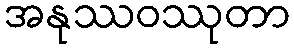
အနုဿဝဿုတာ